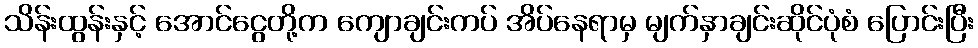
သိန်းထွန်းနှင့် အောင်ငွေတို့က ကျောချင်းကပ် အိပ်နေရာမှ မျက်နှာချင်းဆိုင်ပုံစံ ပြောင်းပြီး